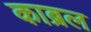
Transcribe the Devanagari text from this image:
काब्रल